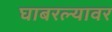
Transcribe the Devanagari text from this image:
घाबरल्यावर